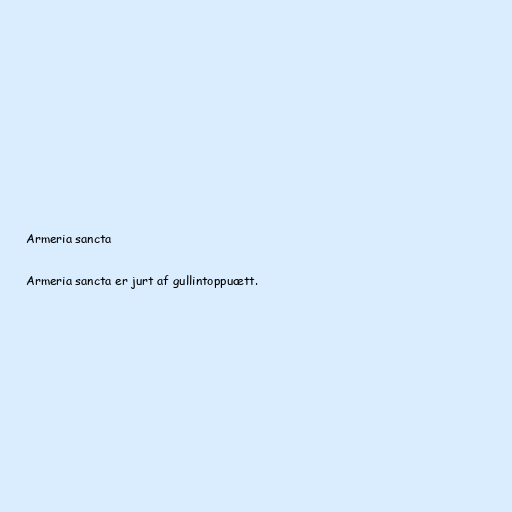
Armeria sancta

Armeria sancta er jurt af gullintoppuætt.